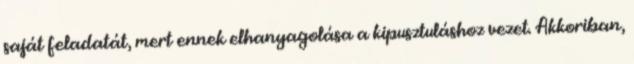
saját feladatát, mert ennek elhanyagolása a kipusztuláshoz vezet. Akkoriban,